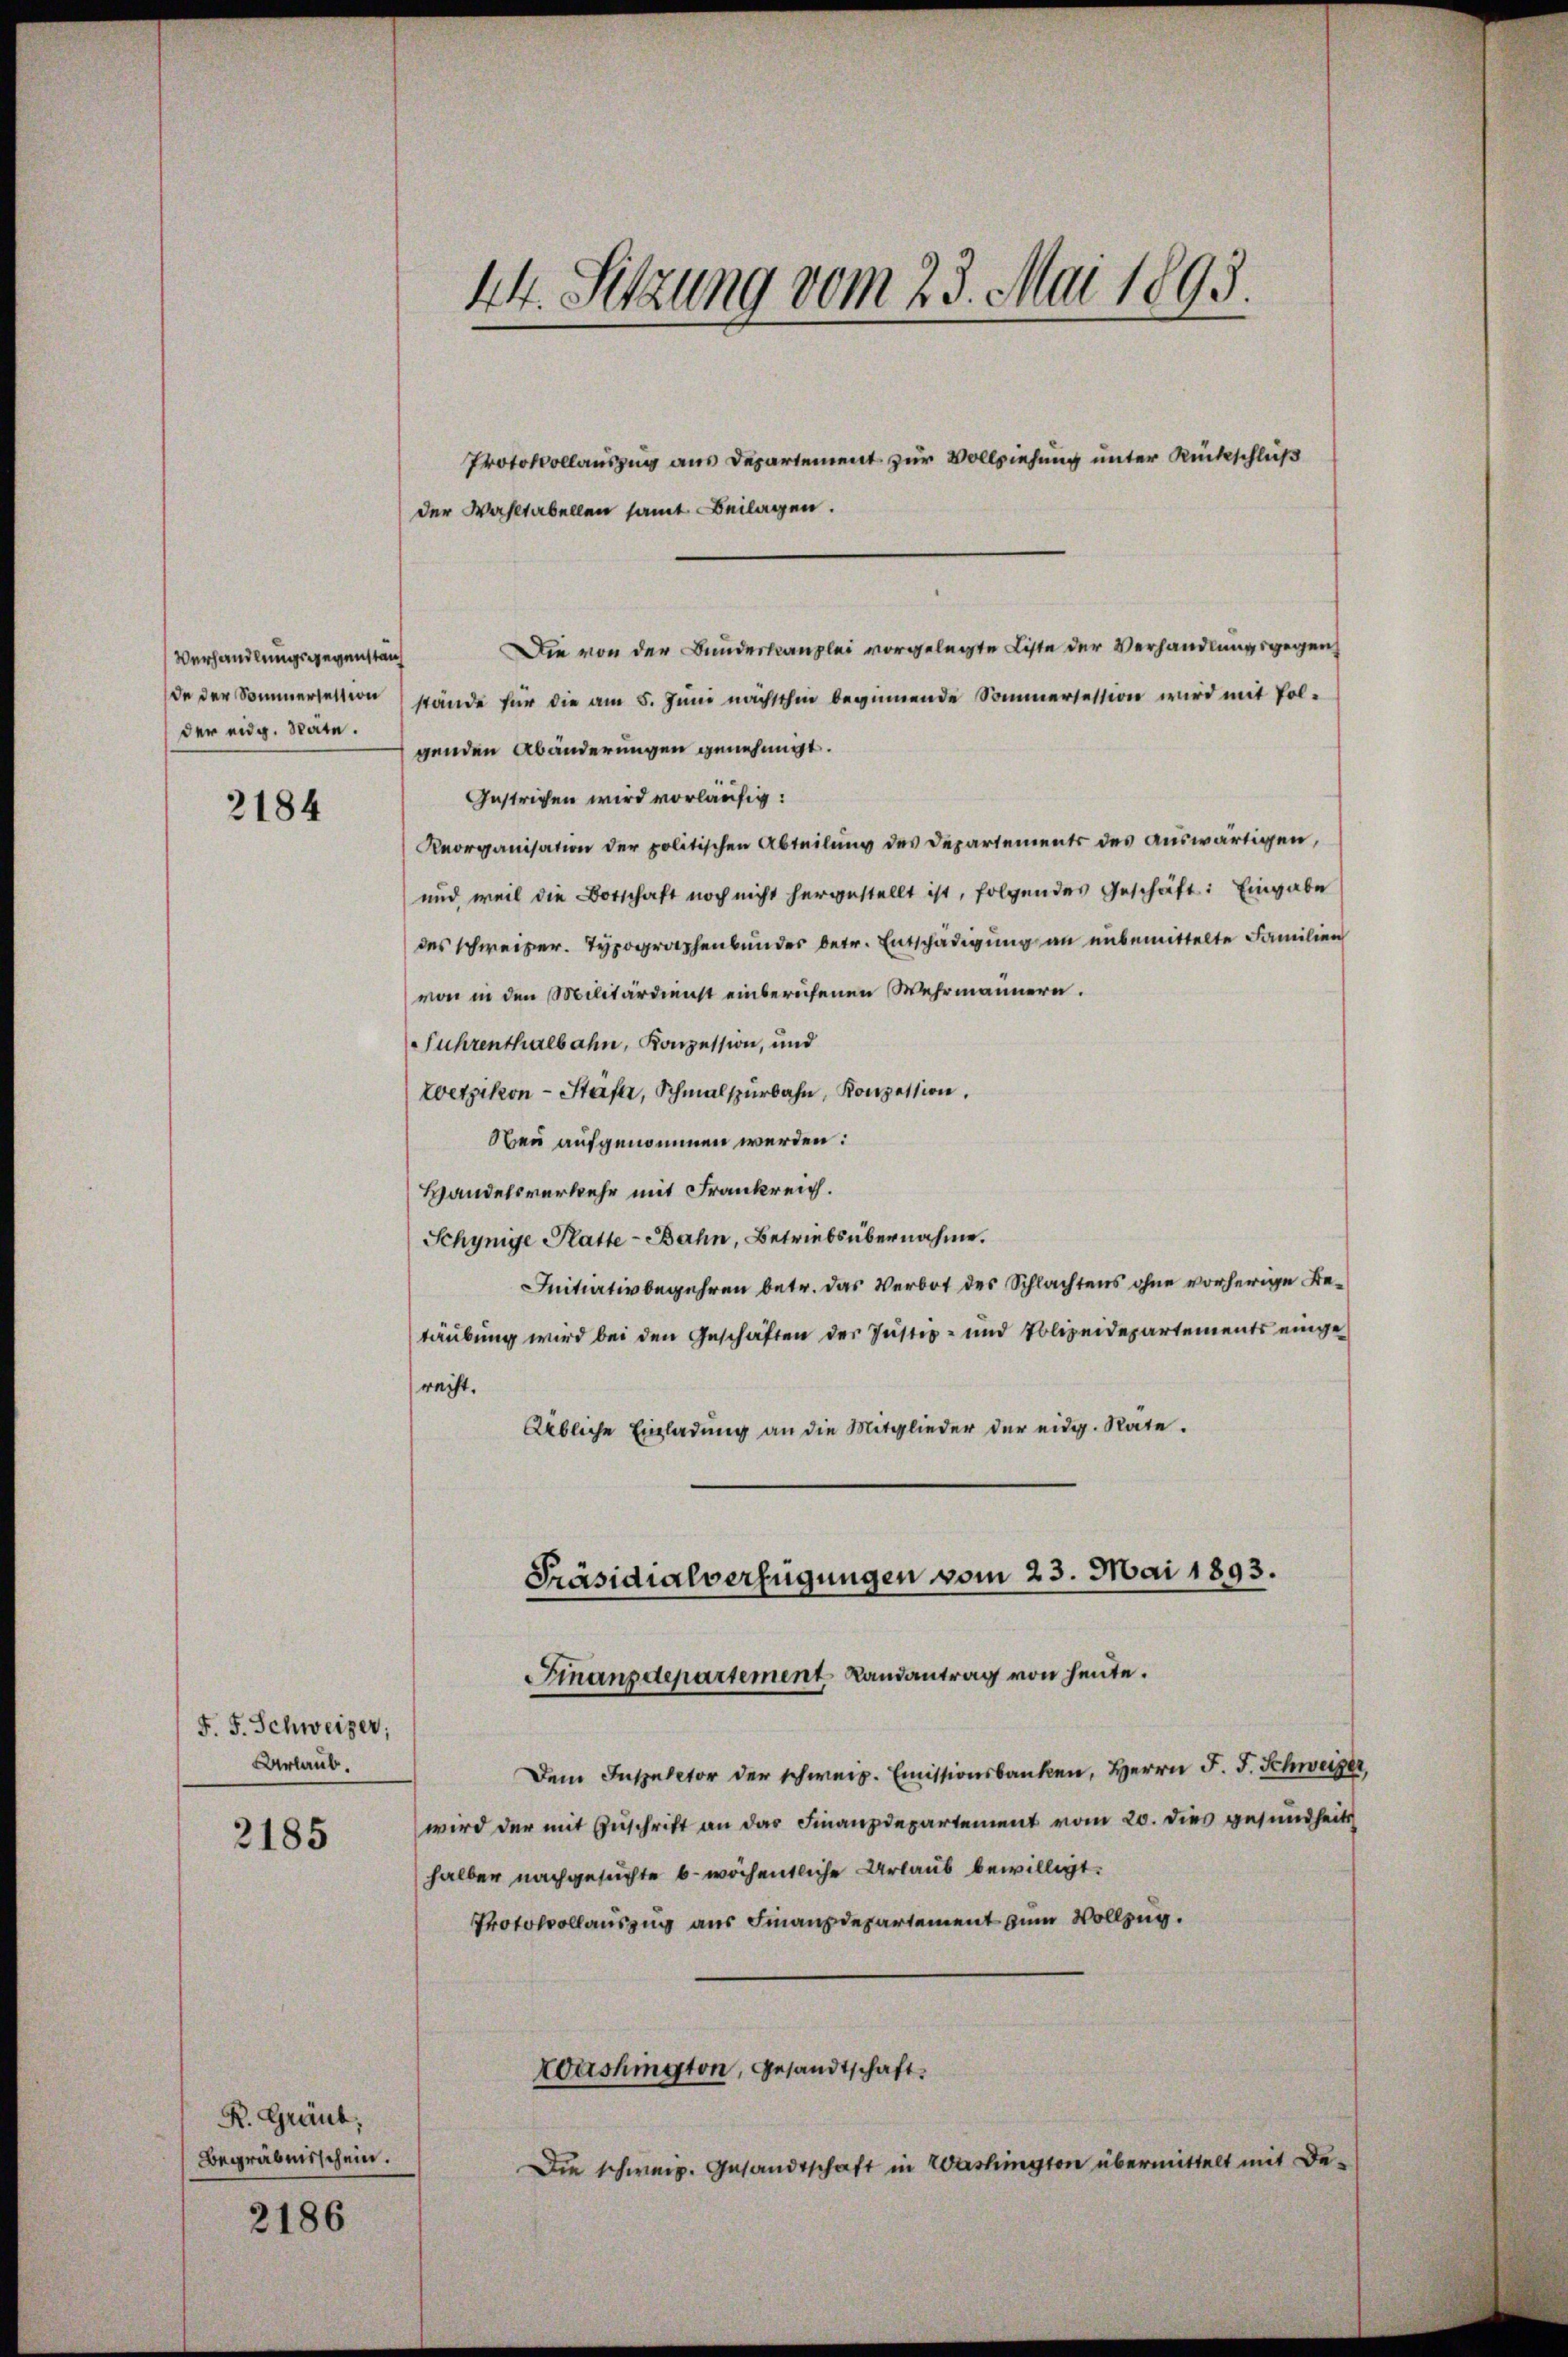
Verhandlungsgegenstän
der eidg. Stäte.

2184

F. J. Schweizer,
Urlaub.
2185

K. Graub
Begräbnisschein.

2186

Protokollauszug aus Departement zur Vollziehung unter Rückschluß
der Wahltabellen samt Beilagen.
de der Sommerseitinstände für die am 5. Juni nächsthin beginnende Sommersession wird mit Polgenden Abänderungen genehmigt.
Gestrichen wird vorläufig:
Reorganisation der politischen Abteilŭng des Departements des auswärtigen,
und weil die Botschaft noch nicht hergestellt ist, folgendes Geschäft: Eingabe
des schweizer. Typographenbunder betr. Entschädigung an unbemittelte Familien
von in den Militärdienst einberufenen Wehrmännern.
Fuhrenthalbahn, Konzession, und
Wetzikon - Stäfa, Schmalspürbahn, Konzession.
Neu aufgenommen werden:
Handelsverkehr mit Frankreich.
Schynige Platte-Bahn, Betriebsübernahme.
Initiativbegehren betr. das Verbot des Schlachtens ohne vorherige Betäubung wird bei den Geschäften der Justiz- und Polizeidepartements eingerecht.
Übliche Einladung an die Mitglieder der eidg. Räte.
Präsidialverfügungen vom 23. Mai 1893.

44. Sitzung vom 23. Mai 1893.

Dem Inspector der schwerz. Emissionsbanken, Herrn J. J. Schweizer,
wird der mit Zuschrift an das Finanzdepartement vom 20. dies gesundheits
halber nachgesuchte 6. wöchentliche Urlaub bewilligt.
Protokollauszug aus Finanzdepartement zum Vollzug.
Washington, Gesandtschaft.

Die schweiz. Gesandtschaft in Washington übermittelt mit Be-

Die von der Bundeskanzlei vorgelegte Liste der Verhandlungsgegen

Finanzdepartement, Landantrag von heute.